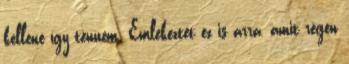
kellene így tennem. Emlékeztet ez is arra, amit régen